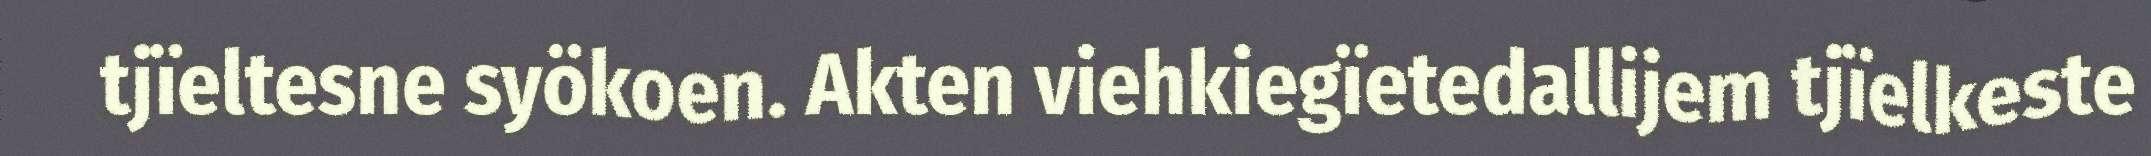
tjïeltesne syökoen. Akten viehkiegïetedallijem tjïelkeste